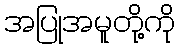
အပြုအမူတို့ကို